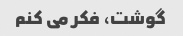
گوشت، فکر می کنم